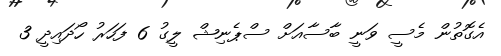
އެގޮތުން މެސީ ވަނީ ބާސާއަށް ސްޕެނިޝް ލީގު 6 ފަހަރު ހޯދައިދީ 3